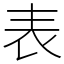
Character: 表